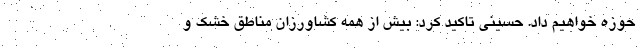
حوزه خواهیم داد. حسینی تاکید کرد: بیش از همه کشاورزان مناطق خشک و